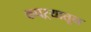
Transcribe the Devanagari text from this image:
कचऱ्यातून